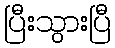
ပြီးသွားပြီ